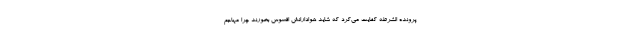
پرونده الشرطه کفایت می‌کرد که شاید هوادارانش افسوس بخورند چرا مهاجم